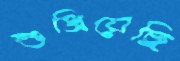
শুধ্‌রিয়েছি